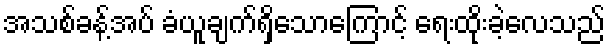
အသစ်ခန့်အပ် ခံယူချက်ရှိသောကြောင့် ရေးထိုးခဲ့လေသည်